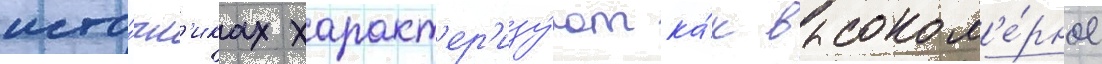
исто́чн'иках характ'ер'изу́ют ка́к высоком'е́рное